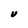
Character: V